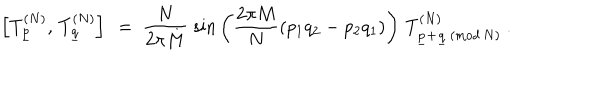
\left[ T _ { \underline { { { p } } } } ^ { ( N ) } , \, T _ { \underline { { { q } } } } ^ { ( N ) } \right] \ = \ \frac { N } { 2 \pi M } \; \mathrm { s i n } \left( \frac { 2 \pi M } { N } \left( p _ { 1 } q _ { 2 } - p _ { 2 } q _ { 1 } \right) \right) \, T _ { \underline { { { p } } } + \underline { { { q } } } \, ( \mathrm { m o d } \, N ) } ^ { ( N ) } \ .